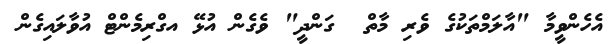
އެހެންވީމާ "އާލަމްތަކުގެ ވެރި މާތް  ގަންދީ" ވެގެން އުޅޭ އގްރިމެންޓް އުވާލައިގެން